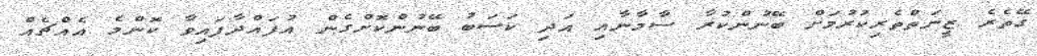
ގޭތެރެ ޒީނަތްތެރިކުރުމަށް ބޭނުންކުރާ ސާމާނާއި އަދި ކަސަބު ބޭނުންކޮށްގެން އުފައްދާފައިވާ ކޮންމެ އެއްޗެއް